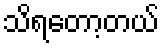
သိရတော့တယ်